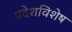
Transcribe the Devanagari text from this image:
प्रदेशविशेष